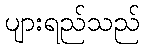
ပျားရည်သည်